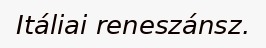
Itáliai reneszánsz.